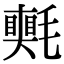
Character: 𣰠